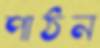
পাঠন